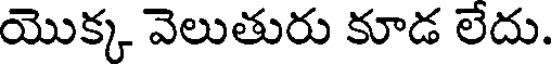
యొక్క వెలుతురు కూడ లేదు.